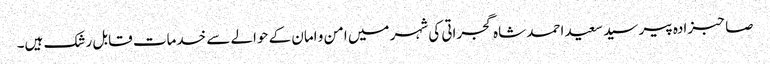
صاحبزادہ پیر سید سعید احمد شاہ گجراتی کی شہر میں امن و امان کے حوالے سے خدمات قابل رشک ہیں۔